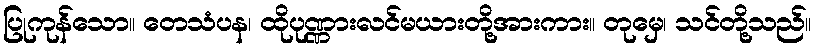
ပြုကုန်သော။ တေသံပန၊ ထိုပုဏ္ဏားလင်မယားတို့အားကား။ တုမှေ၊ သင်တို့သည်။